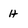
Character: H